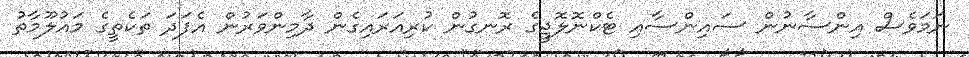
ނަމަވެސް އިންސާނުން ސައިންސާއި ޓެކްނޮލޮޖީގެ ރޮނގުން ކުރިއަރައިގެން ދާމިންވަރުން އެފަދަ ތަކެތީގެ މައުލޫމާތު